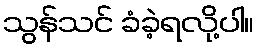
သွန်သင် ခံခဲ့ရလို့ပါ။